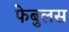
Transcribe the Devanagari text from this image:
फेबुलस